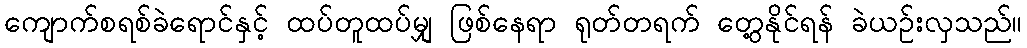
ကျောက်စရစ်ခဲရောင်နှင့် ထပ်တူထပ်မျှ ဖြစ်နေရာ ရုတ်တရက် တွေ့နိုင်ရန် ခဲယဉ်းလှသည်။